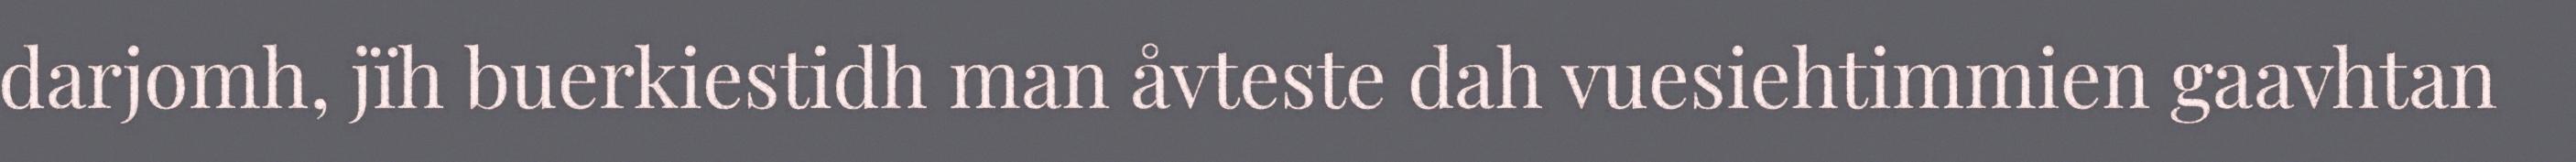
darjomh, jïh buerkiestidh man åvteste dah vuesiehtimmien gaavhtan